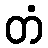
တံ